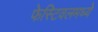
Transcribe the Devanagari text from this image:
फेस्टिवलमध्ये